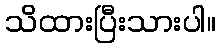
သိထားပြီးသားပါ။